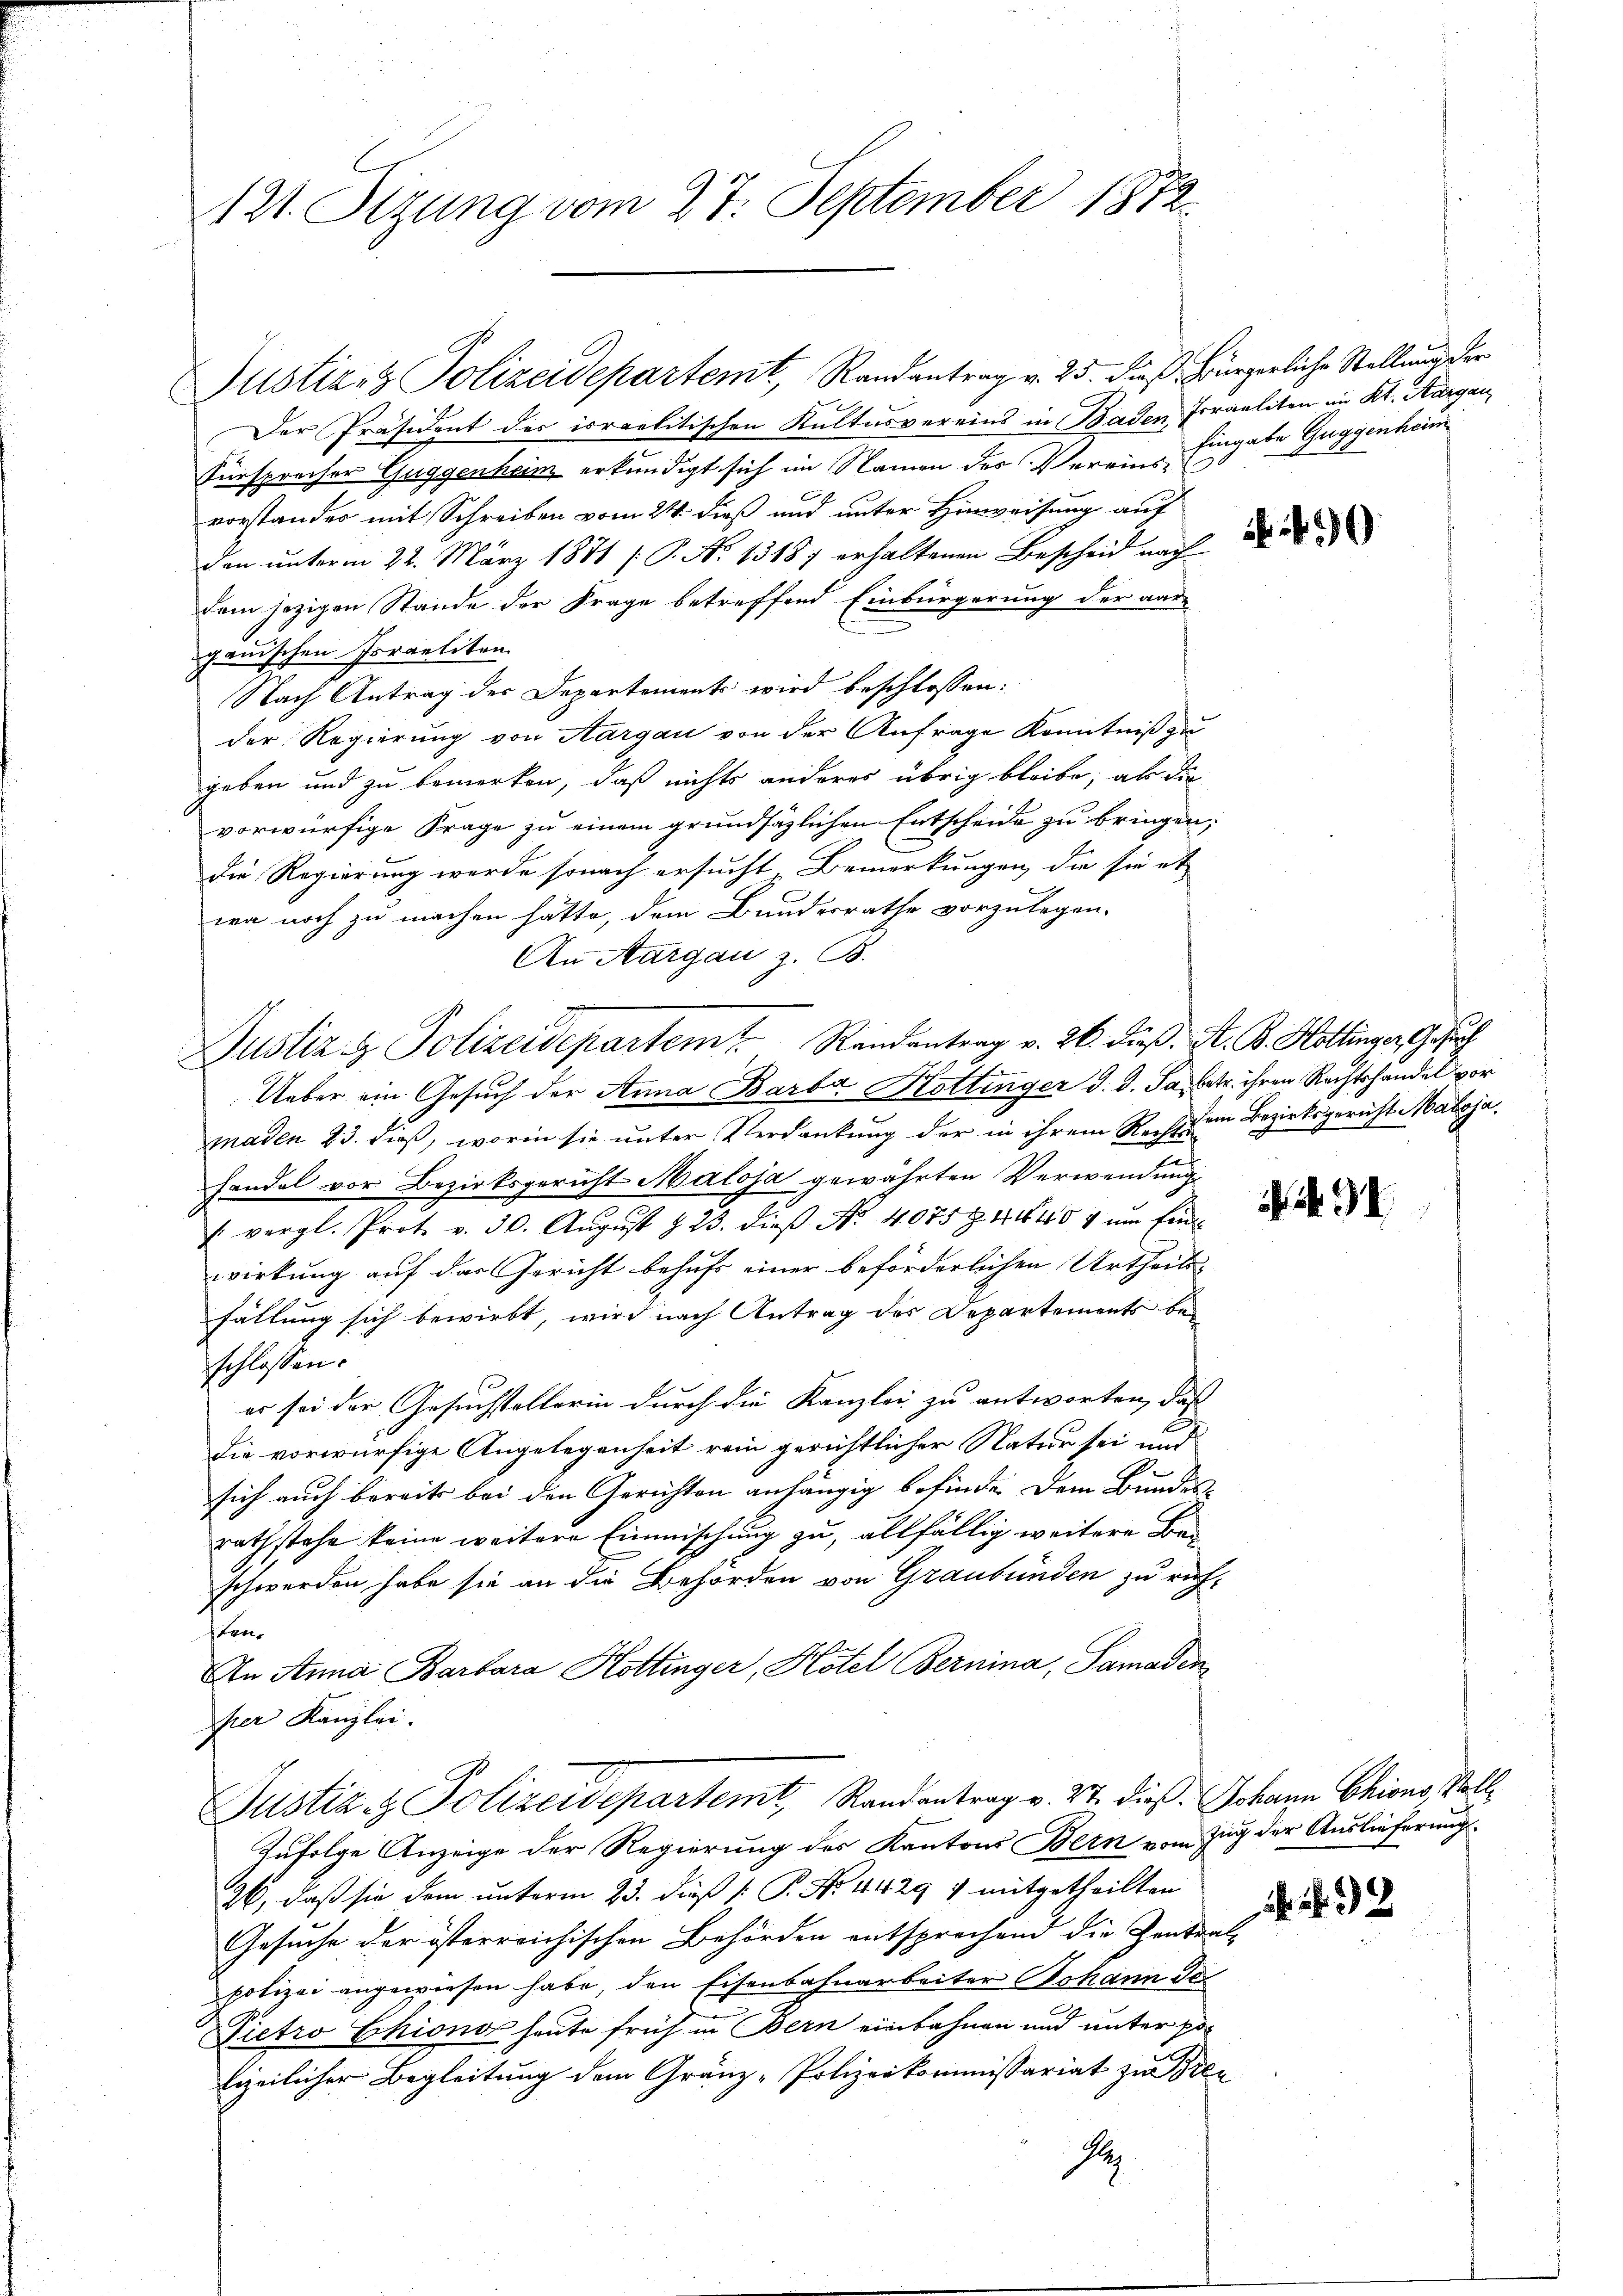
121. Sizung vom 27. September 1872

Justiz & Polizeidepartemt, Randantrag v. 25. dieß Bürgerliche Stellung der
Der Präsident der israelitischen Kultusvereins in Baden Israeliten im Kt. Aargau
Fürsprecher Guggenhein erkundigt sich im Namen des Vereinsvorstandes mit Schreiben vom 24. dieß und unter Hinweisung auf
den unterm 22. März 1871 /: P. No 13187 erhaltenen Bescheid nach
dem jezigen Stande der Frage betreffend Einbürgerung der aar
gäuischen Israeliten.
Nach Antrag des Departements wird beschlossen:
der Regierung von Aargau von der Anfrage Kenntniß zu
geben und zu bemerken, daß nichts anderes übrig bleibe, als die
vorwürfige Frage zu einem grundsätzlichen Entscheide zu bringen,
Die Regierung werde sonach ersucht, Bemerkungen, die sie et
wa noch zu machen hätte, dem Bundesrathe vorzulegen.
An Aargau z. B.
Justiz & Polizeidepartem Randantrag v. 26. dieß. A. B. Hottinger Gesuch
Ueber ein Gesuch der Anna Barba Hottinger d. d. Satz ihren Rechtshandel vor
maden 23. dieß, worin sie unter Verdankung der in ihrem Rechten Bezirksgericht Malojahandel vor Bezirksgericht Maloja gewährten Verwendung
 vergl. Prot. v. 30. Aŭgŭst & 23. dieβ Nr. 4075 § 1440 u ŭm Ein-
wirkung auf das Gericht behufs einer beförderlichen Urtheils
fällung sich bewirbt, wird nach Antrag des Departements beschlossen:
er sei der Gesuchstellerin durch die Kanzlei zu antworten, das
die vorwürfige Angelegenheit rein gerichtlicher Natur sei und
sich auch bereits bei den Gerichten anhängig befinden dem Bundes-
rath stehe keine weitere Einmischung zu, allfällig weitere Beschwerden habe sie an die Behörden von Graubünden zu rich-
Item
An Anna Barbara Kottinger, Hotel Bernina, Samadin
per Kanzlei.
Justiz- & Polizeidepartemt, Randantrag v. 27. dieß. Johann Chions, Voll¬
Zufolge Anzeige der Regierung des Kantons Bern vom Zug der Auslieferung
26, daß sie dem unterm 23. daß  P. No. 4429 7 mitgetheilten
Gesuche der österreichischen Behörden entsprechend die Zentral-
polizei angewiesen habe, den Eisenbahnarbeiter Johann de
Pietro Chions heute früh in Bern einbahnen und unter polizeilicher Begleitung dem Gränz-Polizeikommissariat zu Bren
S

Eingabe Guggenheim

i

32